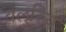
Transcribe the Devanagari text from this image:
वेलुरिय